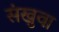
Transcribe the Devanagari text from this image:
संखुवा